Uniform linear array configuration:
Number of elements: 4
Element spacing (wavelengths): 0.25
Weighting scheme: exponential
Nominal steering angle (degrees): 60
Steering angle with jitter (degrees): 58.535
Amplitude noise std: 0.05
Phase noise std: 0.05

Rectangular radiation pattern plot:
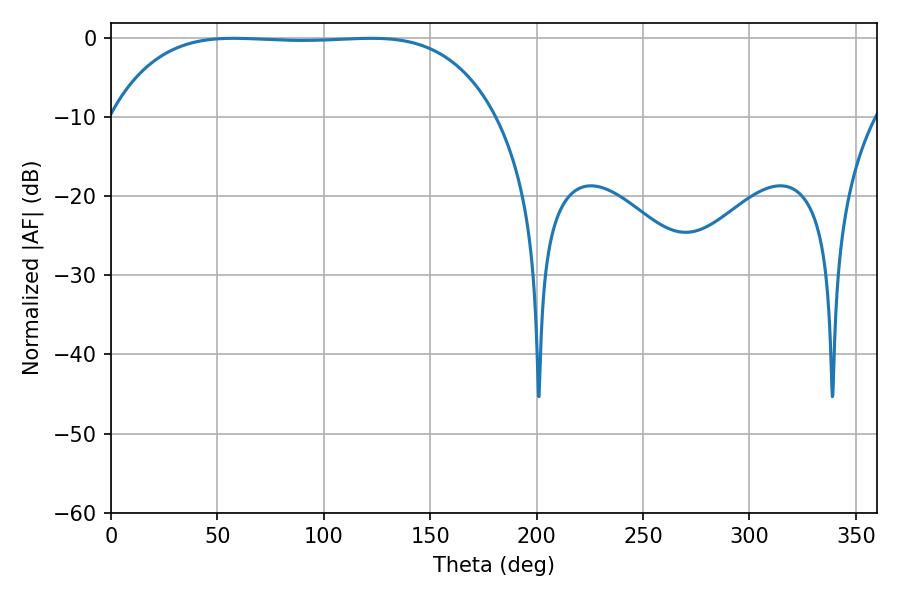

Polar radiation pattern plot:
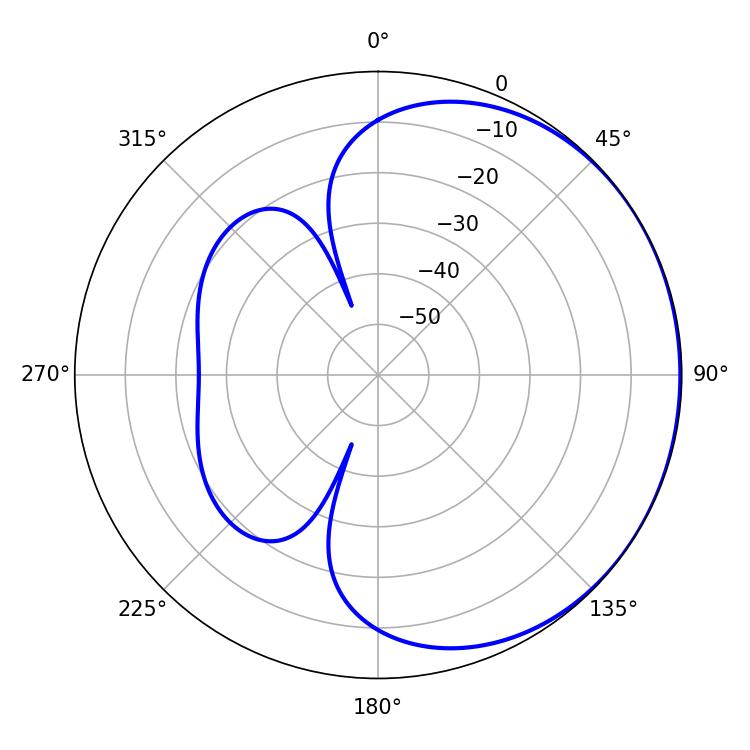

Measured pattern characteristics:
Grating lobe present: FALSE
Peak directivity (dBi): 0.5288
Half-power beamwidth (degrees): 140.76
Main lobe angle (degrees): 57.6